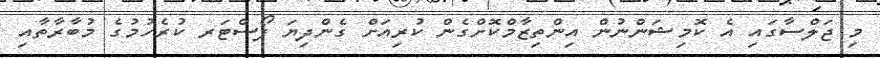
މި ޖަލްސާގައި އެ ކޮމިޝަންނުން އިންތިޒާމްކޮށްގެން ކުރިއަށް ގެންދިޔަ ޕޯސްޓަރ ކުރެހުމުގެ މުބާރާތާއި